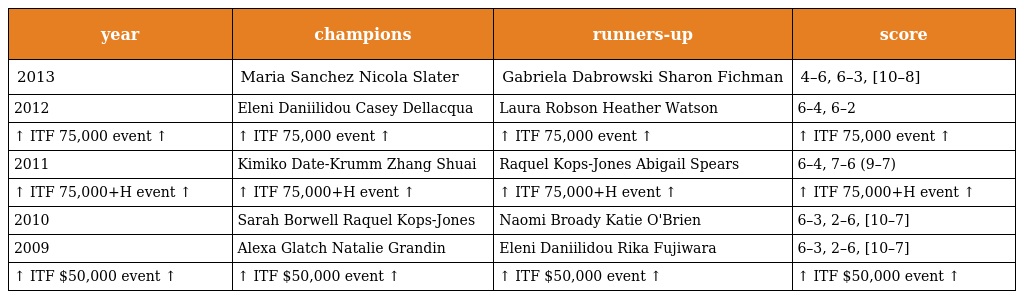
| year | champions | runners-up | score |
 | --- | --- | --- | --- |
 | 2013 | Maria Sanchez Nicola Slater | Gabriela Dabrowski Sharon Fichman | 4–6, 6–3, [10–8] |
 | 2012 | Eleni Daniilidou Casey Dellacqua | Laura Robson Heather Watson | 6–4, 6–2 |
 | ↑ ITF 75,000 event ↑ | ↑ ITF 75,000 event ↑ | ↑ ITF 75,000 event ↑ | ↑ ITF 75,000 event ↑ |
 | 2011 | Kimiko Date-Krumm Zhang Shuai | Raquel Kops-Jones Abigail Spears | 6–4, 7–6 (9–7) |
 | ↑ ITF 75,000+H event ↑ | ↑ ITF 75,000+H event ↑ | ↑ ITF 75,000+H event ↑ | ↑ ITF 75,000+H event ↑ |
 | 2010 | Sarah Borwell Raquel Kops-Jones | Naomi Broady Katie O'Brien | 6–3, 2–6, [10–7] |
 | 2009 | Alexa Glatch Natalie Grandin | Eleni Daniilidou Rika Fujiwara | 6–3, 2–6, [10–7] |
 | ↑ ITF $50,000 event ↑ | ↑ ITF $50,000 event ↑ | ↑ ITF $50,000 event ↑ | ↑ ITF $50,000 event ↑ |